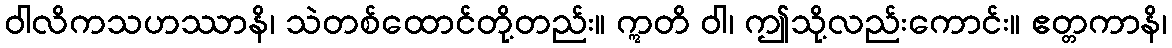
ဝါလိကသဟဿာနိ၊ သဲတစ်ထောင်တို့တည်း။ ဣတိ ဝါ၊ ဤသို့လည်းကောင်း။ ဧတ္တကာနိ၊